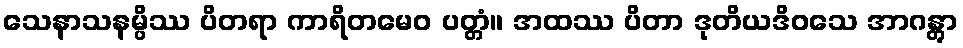
သေနာသနမ္ပိဿ ပိတရာ ကာရိတမေဝ ပတ္တံ။ အထဿ ပိတာ ဒုတိယဒိဝသေ အာဂန္တွာ